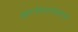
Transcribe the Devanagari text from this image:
ज्ञानेश्वरांप्रमाणे